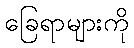
ခြေရာများကို